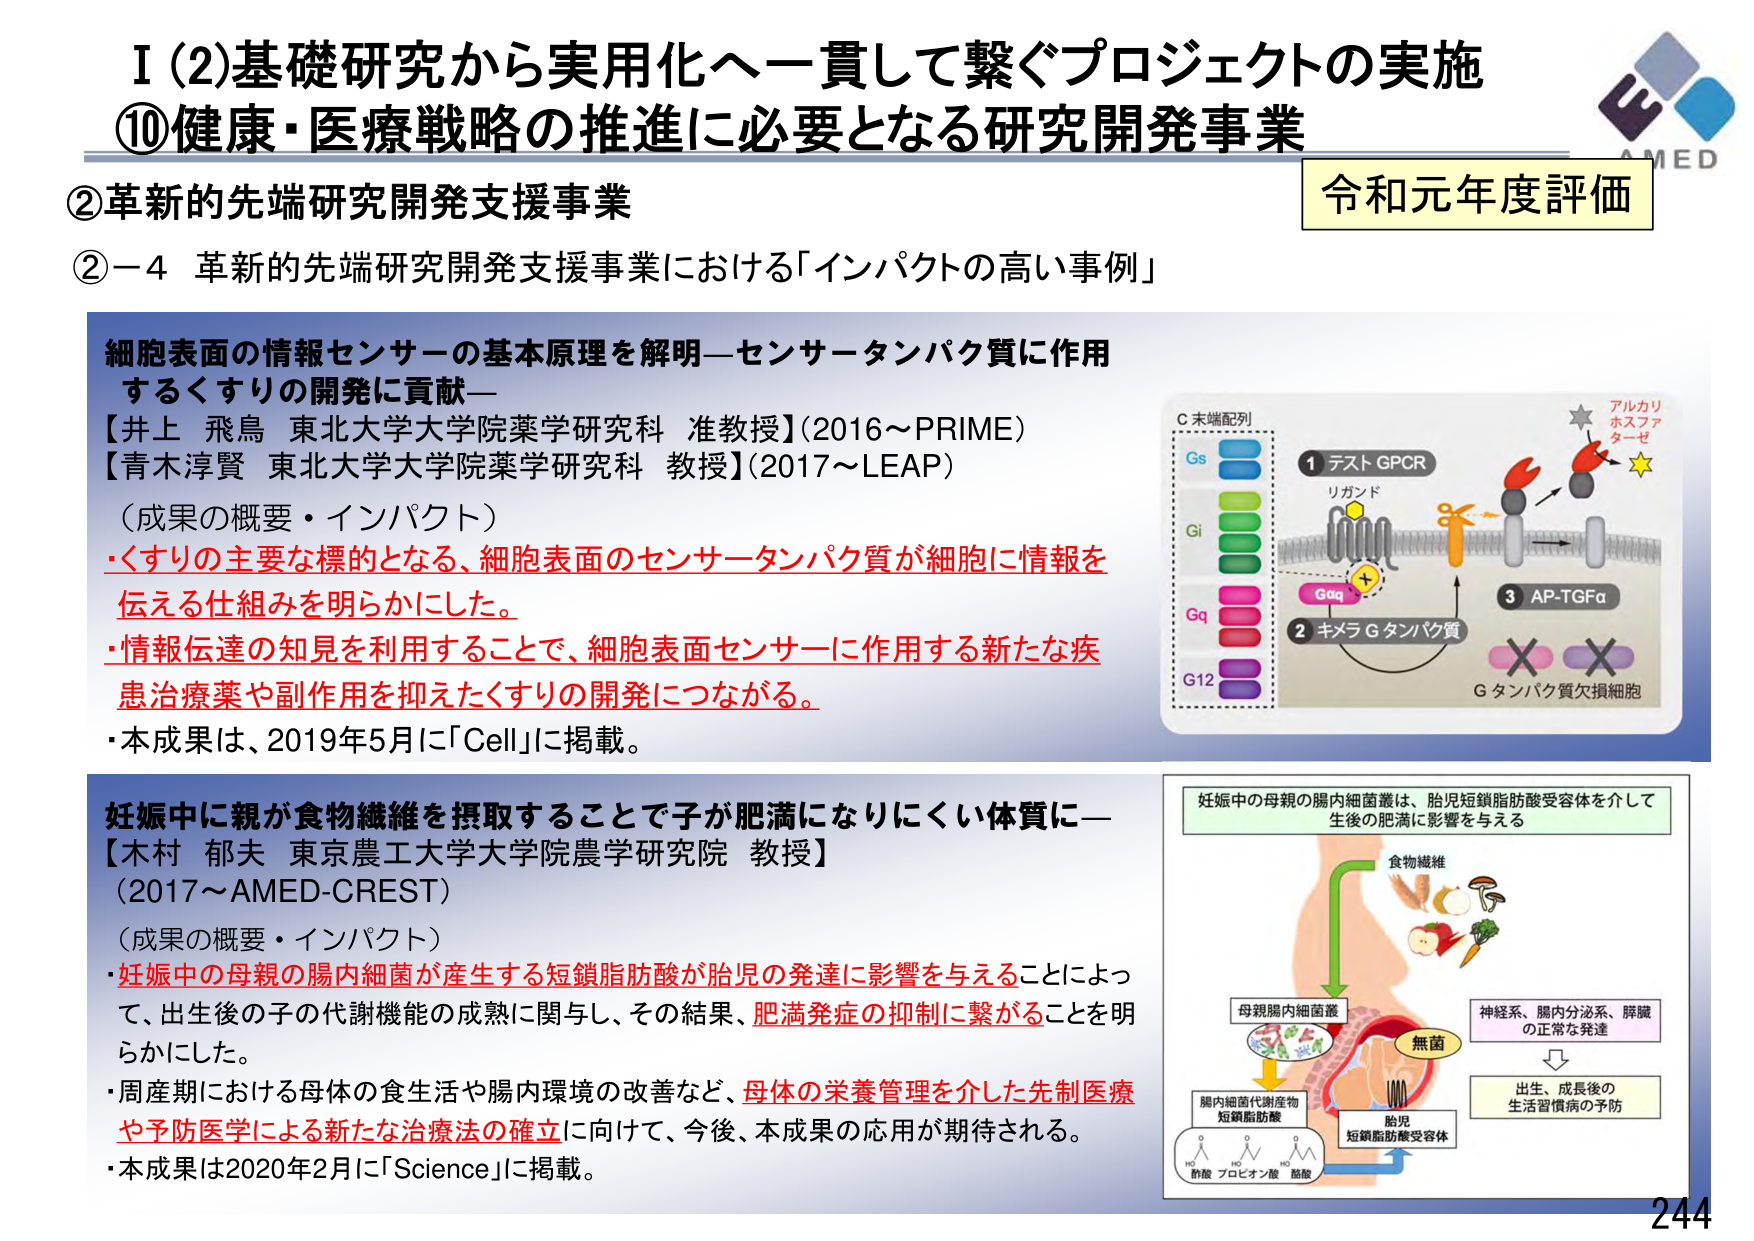
I (2)基礎研究から実用化へ一貫して繋ぐプロジェクトの実施
⑩健康・医療戦略の推進に必要となる研究開発事業

②革新的先端研究開発支援事業
②－4 革新的先端研究開発支援事業における「インパクトの高い事例」

細胞表面の情報センサーの基本原理を解明—センサーダンパク質に作用するくすりの開発に貢献—
【井上 飛鳥 東北大学大学院薬学研究科 准教授】(2016～PRIME)
【青木淳賢 東北大学大学院薬学研究科 教授】(2017～LEAP)

（成果の概要・インパクト）
・くすりの主要な標的となる、細胞表面のセンサーダンパク質が細胞に情報を伝える仕組みを明らかにした。
・情報伝達の知見を利用することで、細胞表面センサーに作用する新たな疾患治療薬や副作用を抑えたくすりの開発につながる。
・本成果は、2019年5月に「Cell」に掲載。

C末端配列
Gs
Gi
Gq
G12

① テスト GPCR
リガンド
② キメラ Gタンパク質
Gaq
③ AP-TGFα
Gタンパク質欠損細胞
アルカリホスファターゼ

妊娠中に親が食物繊維を摂取することで子が肥満になりにくい体質に—
【木村 郁夫 東京農工大学大学院農学研究院 教授】
(2017～AMED-CREST)

（成果の概要・インパクト）
・妊娠中の母親の腸内細菌が産生する短鎖脂肪酸が胎児の発達に影響を与えることによって、出生後の子の代謝機能の成熟に関与し、その結果、肥満発症の抑制に繋がることを明らかにした。
・周産期における母体の食生活や腸内環境の改善など、母体の栄養管理を介した先制医療や予防医学による新たな治療法の確立に向けて、今後、本成果の応用が期待される。
・本成果は2020年2月に「Science」に掲載。

妊娠中の母親の腸内細菌は、胎児短鎖脂肪酸受容体を介して生後の肥満に影響を与える
食物繊維
母親腸内細菌叢
腸内細菌代謝産物
短鎖脂肪酸
無菌
胎児
短鎖脂肪酸受容体
神経系、腸内分泌系、膵臓の正常な発達
出生、成長後の生活習慣病の予防
酢酸 プロピオン酸 酪酸

令和元年度評価
AMED
244